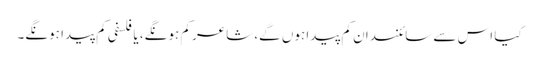
کیا اس سے سائنسدان کم پیدا ہوں گے، شاعر کم ہونگے، یا فلسفی کم پیدا ہونگے۔